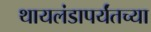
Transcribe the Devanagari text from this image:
थायलंडापर्यंतच्या